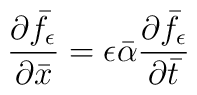
\frac{\partial \bar{f}_{\epsilon}}{\partial \bar{x}} = \epsilon \bar{\alpha}\frac{\partial \bar{f}_{\epsilon}}{\partial \bar{t}}